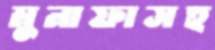
মুনাফাসহ